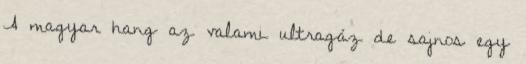
A magyar hang az valami ultragáz de sajnos egy